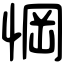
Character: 𢜟